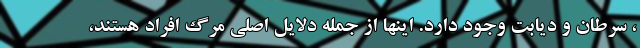
، سرطان و دیابت وجود دارد. اینها از جمله دلایل اصلی مرگ افراد هستند،